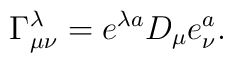
\Gamma _{\mu \nu }^\lambda =e^{\lambda a}D_\mu e_\nu ^a.